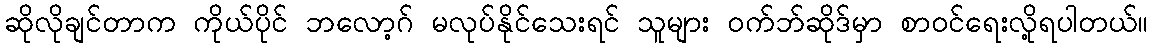
ဆိုလိုချင်တာက ကိုယ်ပိုင် ဘလော့ဂ် မလုပ်နိုင်သေးရင် သူများ ဝက်ဘ်ဆိုဒ်မှာ စာဝင်ရေးလို့ရပါတယ်။